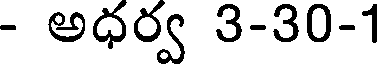
- అధర్వ 3-30-1